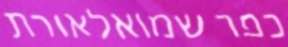
כפר שמואלאורת